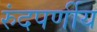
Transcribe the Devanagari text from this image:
रुंदपर्णीय